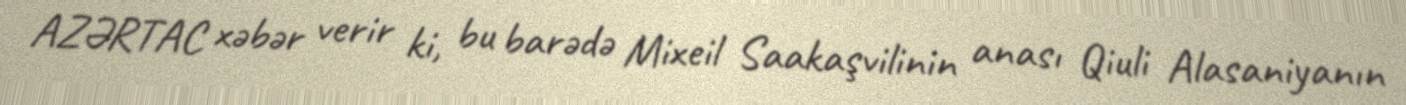
AZƏRTAC xəbər verir ki, bu barədə Mixeil Saakaşvilinin anası Qiuli Alasaniyanın